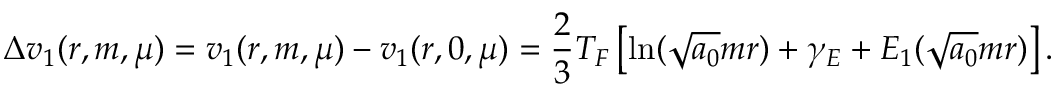
\Delta v _ { 1 } ( r , m , \mu ) = v _ { 1 } ( r , m , \mu ) - v _ { 1 } ( r , 0 , \mu ) = \frac 2 3 T _ { F } \left[ \ln ( \sqrt { a _ { 0 } } m r ) + \gamma _ { E } + E _ { 1 } ( \sqrt { a _ { 0 } } m r ) \right] .